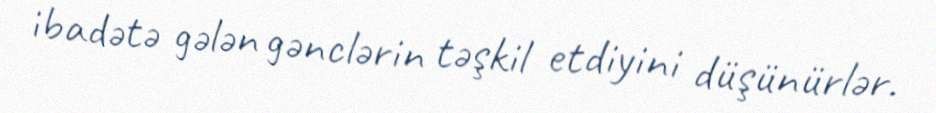
ibadətə gələn gənclərin təşkil etdiyini düşünürlər.